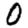
Digit: 0